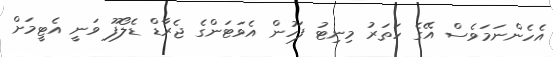
އެހެންނަމަވެސް އޭގެ ހަތަރު މިނިޓު ފަހުން އެވަޓަންގެ ޖެރާޑް ޑެލޯފޫ ވަނީ އެޓީމަށް